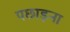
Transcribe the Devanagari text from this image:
पछाड़ना